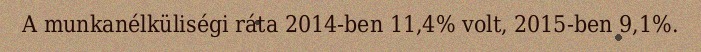
A munkanélküliségi ráta 2014-ben 11,4% volt, 2015-ben 9,1%.